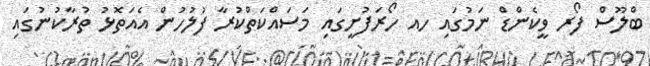
ބްލޫސް ފޯރ ވީކެންޑް ނަމުގައި ހއ ހޯރަފުށީގައި މަސައްކަތްކުރާ ފުލުހުން އެއަތޮޅު ތުރާކުނުގައި